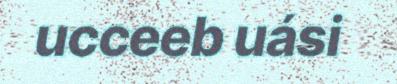
ucceeb uási